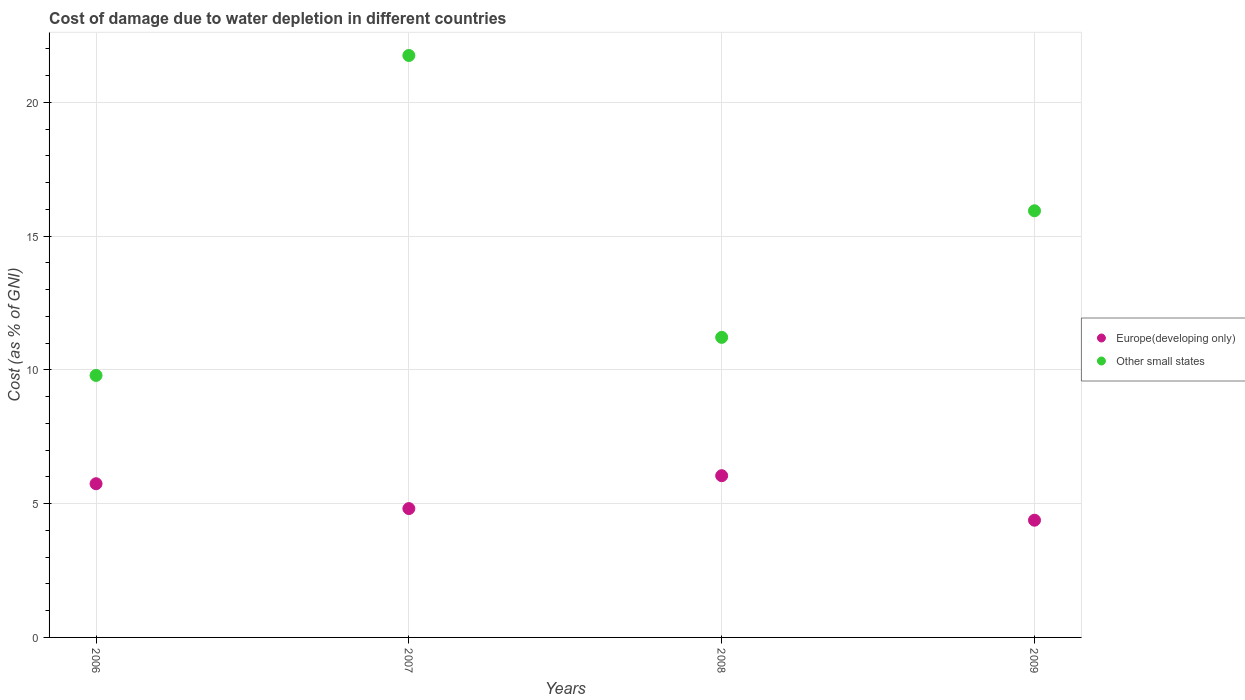
| Years | Europe(developing only) | Other small states |
 | --- | --- | --- |
 | 2006 | 5.74 | 9.79 |
 | 2007 | 4.82 | 21.7 |
 | 2008 | 6.04 | 11.2 |
 | 2009 | 4.38 | 15.9 |